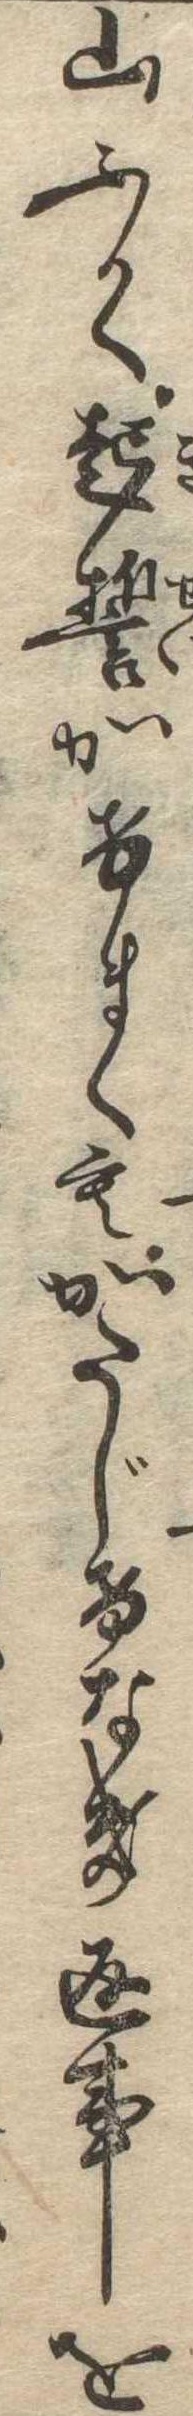
山ふかく起誓かけまくもかたじけなき返事を